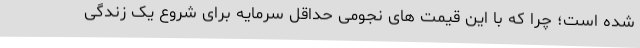
شده است؛ چرا که با این قیمت های نجومی حداقل سرمایه برای شروع یک زندگی